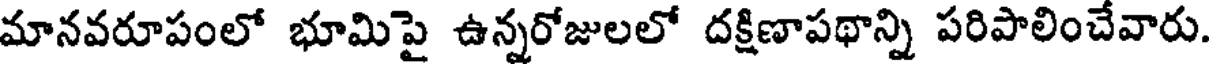
మానవరూపంలో భూమిపై ఉన్నరోజులలో దక్షిణాపథాన్ని పరిపాలించేవారు